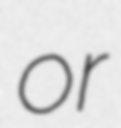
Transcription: or